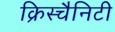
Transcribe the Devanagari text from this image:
क्रिस्चैनिटी